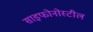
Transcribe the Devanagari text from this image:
साइफोनोस्टील